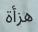
ھزأة